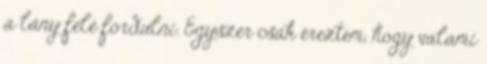
a lány felé fordulni. Egyszer csak éreztem, hogy valami